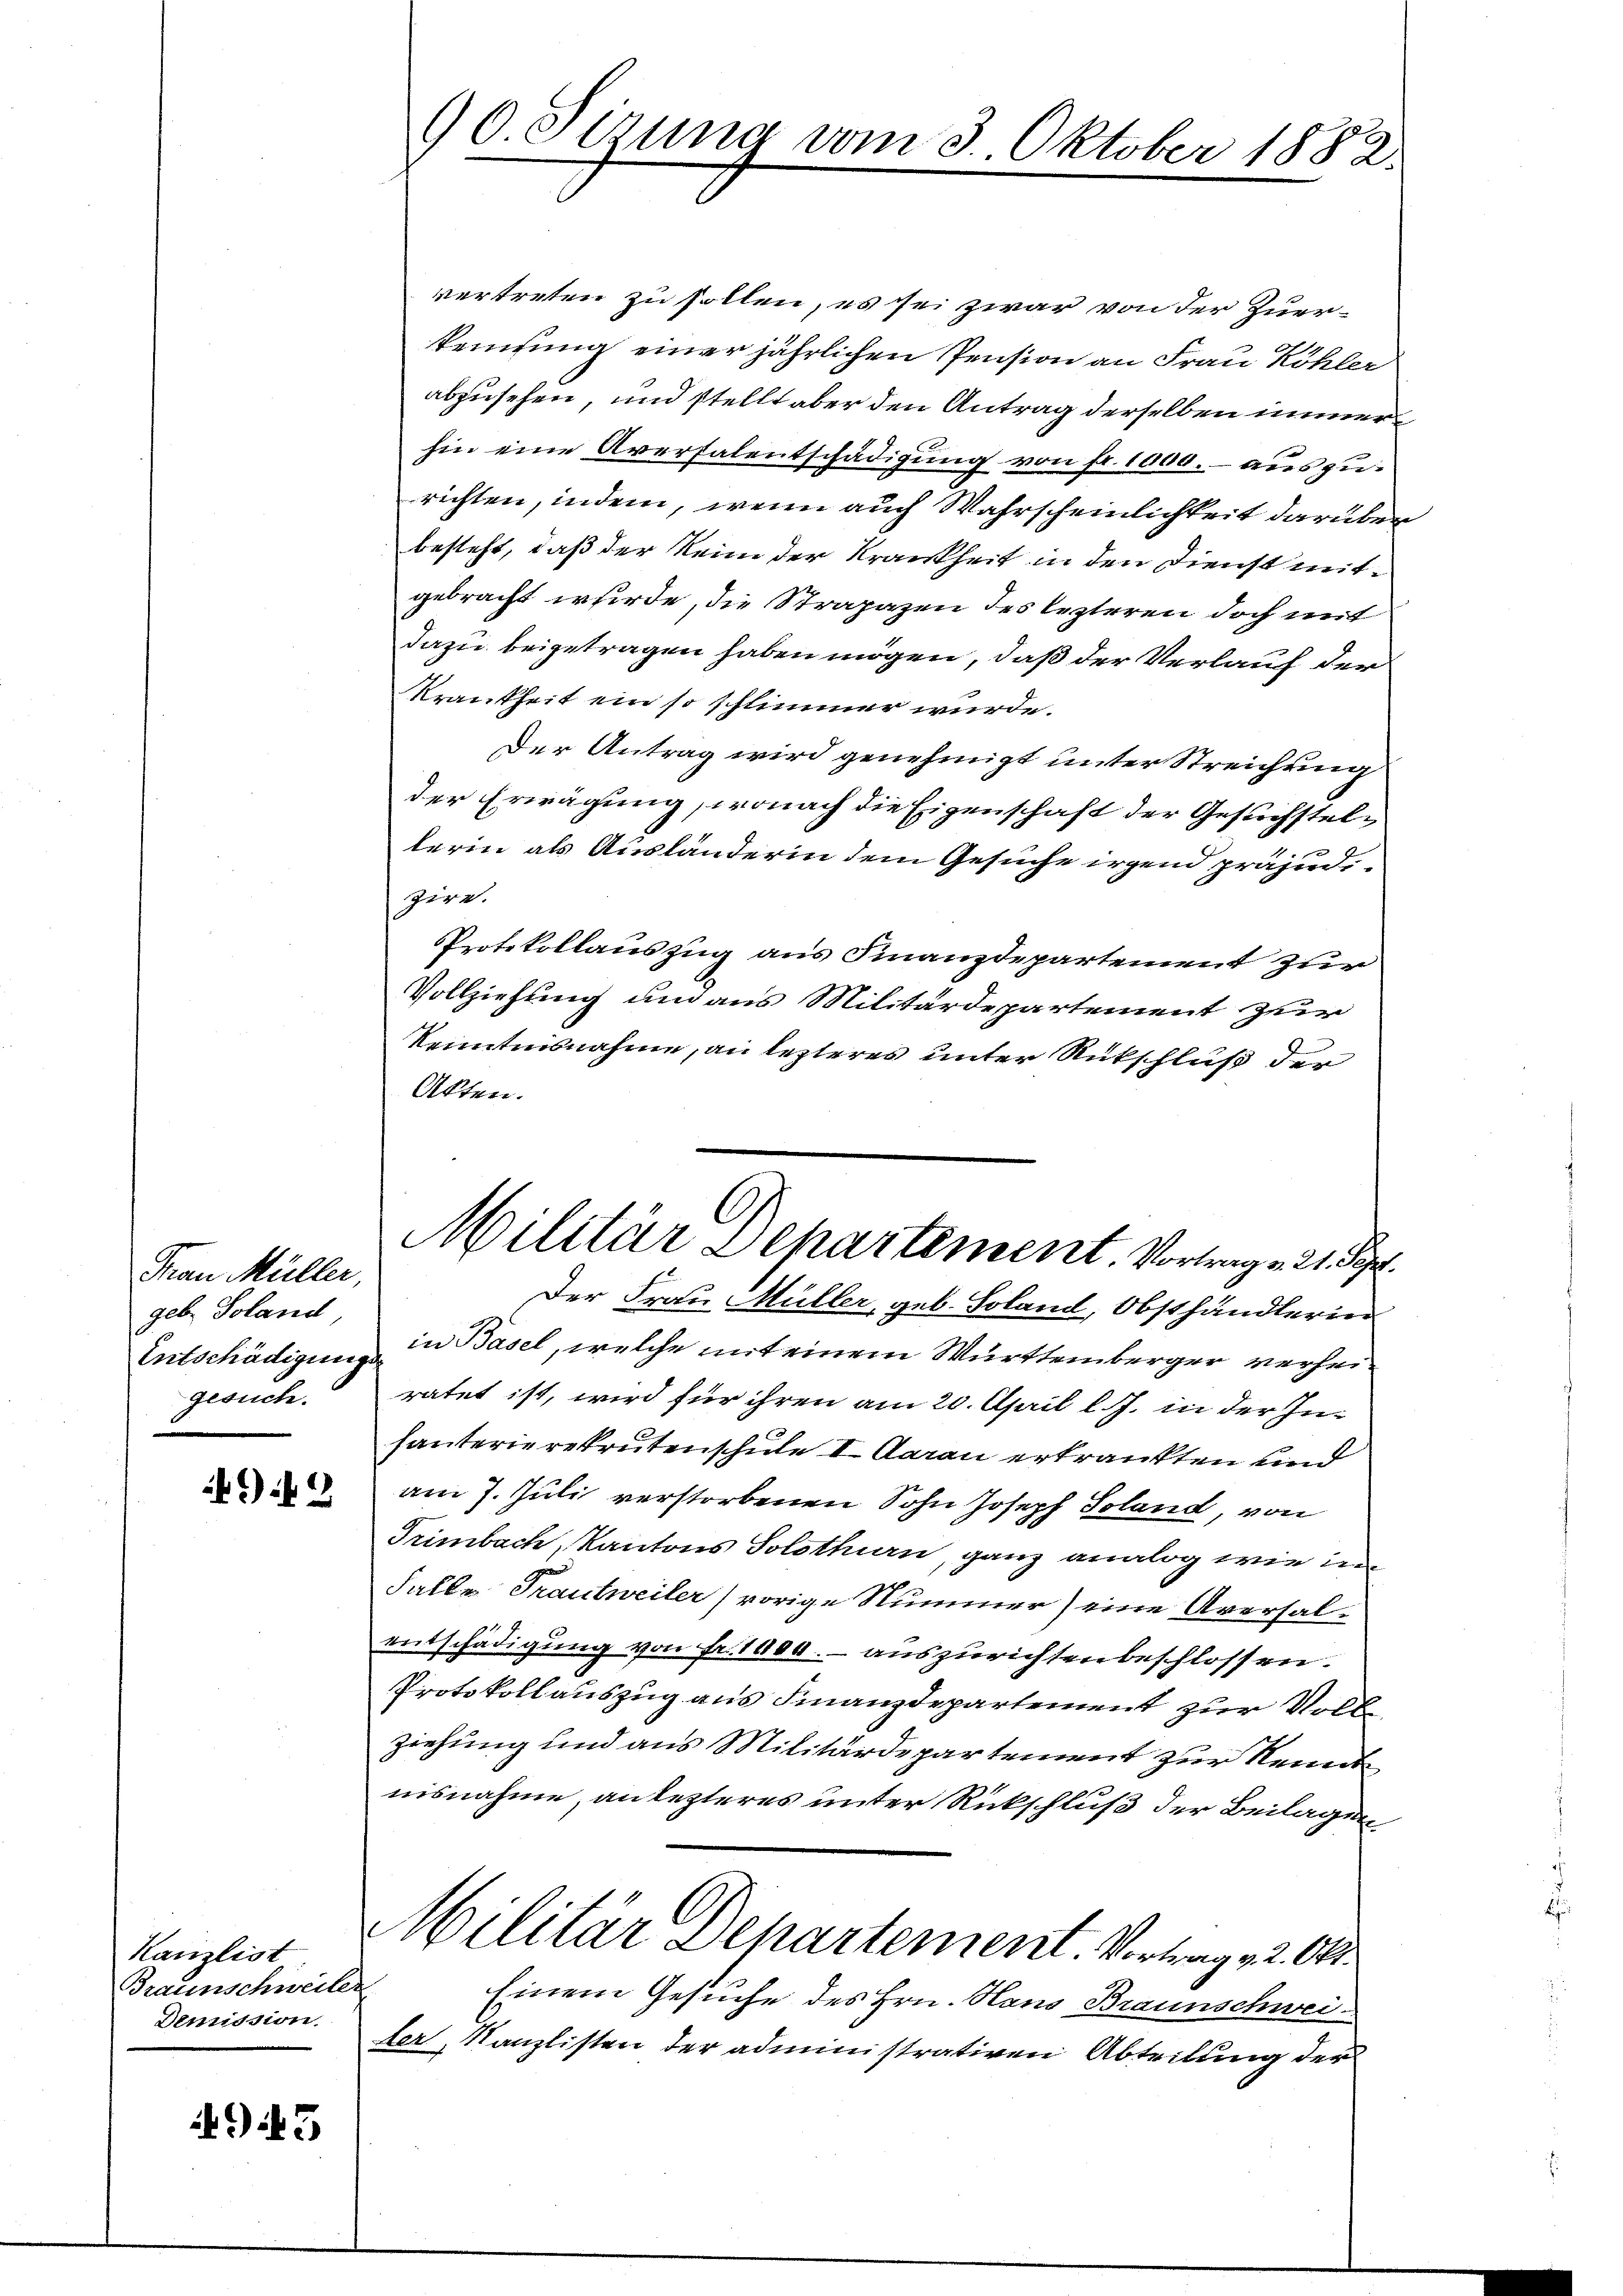
Frau Müller,
geb. Soland
Entschädigunge
gesuch.

99

Kanzlist
Braunschweiler
Demission.

45

90 Sirung vom 3. Oktober 1882.

vertreten zu sollen, es sei zwar von der Zuerkeifung einer jährlichen Pension an Frau Köhler
abzusehen, und stellt aber den Antrag derselben immerhin eine Aversalentschädigung von fr. 1000.- aus zurichten, indem, wenn auch Wahrscheinlichkeit darüber
besteht, daß der kein der Krankheit in den Dienst mitgebracht wurde, die Strapazen des lezteren doch mit
dazu beigetragen haben mögen, daß der Verlauf der
Krankheit ein so schlimmer würde.
Der Antrag wird genehmigt unter Streichung
der Erwägung, wonach die Eigenschaft der Gesuchstellerin als Ausländerin dem Gesuche irgend präjudi-
zire.
Protokollauszug aus Finanzdepartement zur
Vollziehung um aus Militärdepartement zur
Kenntnisnahme, an lezteres unter Rutschluß der
Akten.
Militär Departement. Vortrag. 21. Pr.
Der Frau Müller, geb. Soland, Obsthändlerin
in Basel, welche mit einem Württemberger verheiratet ist, wird für ihren am 20. April l. J. in der Inhauterierekrutenschule I. Aarau erkrankten und
am 7. Juli verstorbenen Sohn Joseph Soland, von
Trimbach, Kantons Solothurn, ganz analog wie in
Falle Trautweiler) vorige Nummer) eine Aversalentschädigung von Fr. 1000.- auszurichten beschlossen.
Protokollauszug aus Finanzdepartement zur Vollziehung und aus Militärdepartement zur Kenntnisnahme, anlezteres unter Rückschluß der Beilagen
Militär Departement. Vortrag v. 204.
Einem Gesuche des Hrn. Hans Braunschweiler, Kanzlisten der administrativen Abteilung der